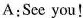
A:See you!